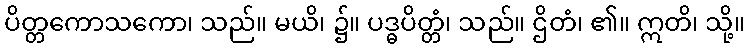
ပိတ္တကောသကော၊ သည်။ မယိ၊ ၌။ ပဒ္ဓပိတ္တံ၊ သည်။ ဌိတံ၊ ၏။ ဣတိ၊ သို့။